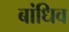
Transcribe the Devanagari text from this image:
बांधिव